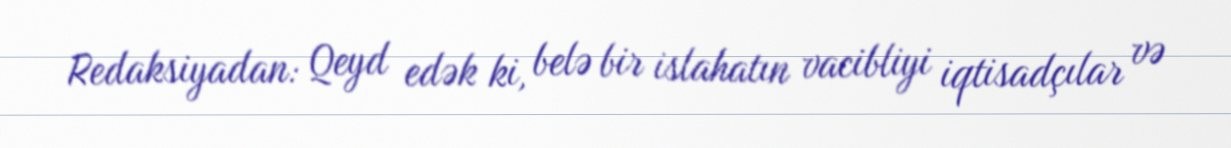
Redaksiyadan: Qeyd edək ki, belə bir islahatın vacibliyi iqtisadçılar və